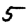
Digit: 5